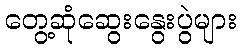
တွေ့ဆုံဆွေးနွေးပွဲများ